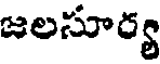
జలసూర్య